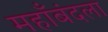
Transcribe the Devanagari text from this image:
महाँबंदला